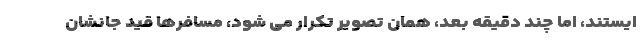
ایستند، اما چند دقیقه بعد، همان تصویر تکرار می شود، مسافرها قید جانشان